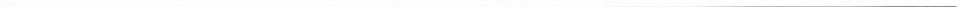
___